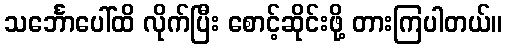
သင်္ဘောပေါ်ထိ လိုက်ပြီး စောင့်ဆိုင်းဖို့ တားကြပါတယ်။